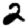
Digit: 2